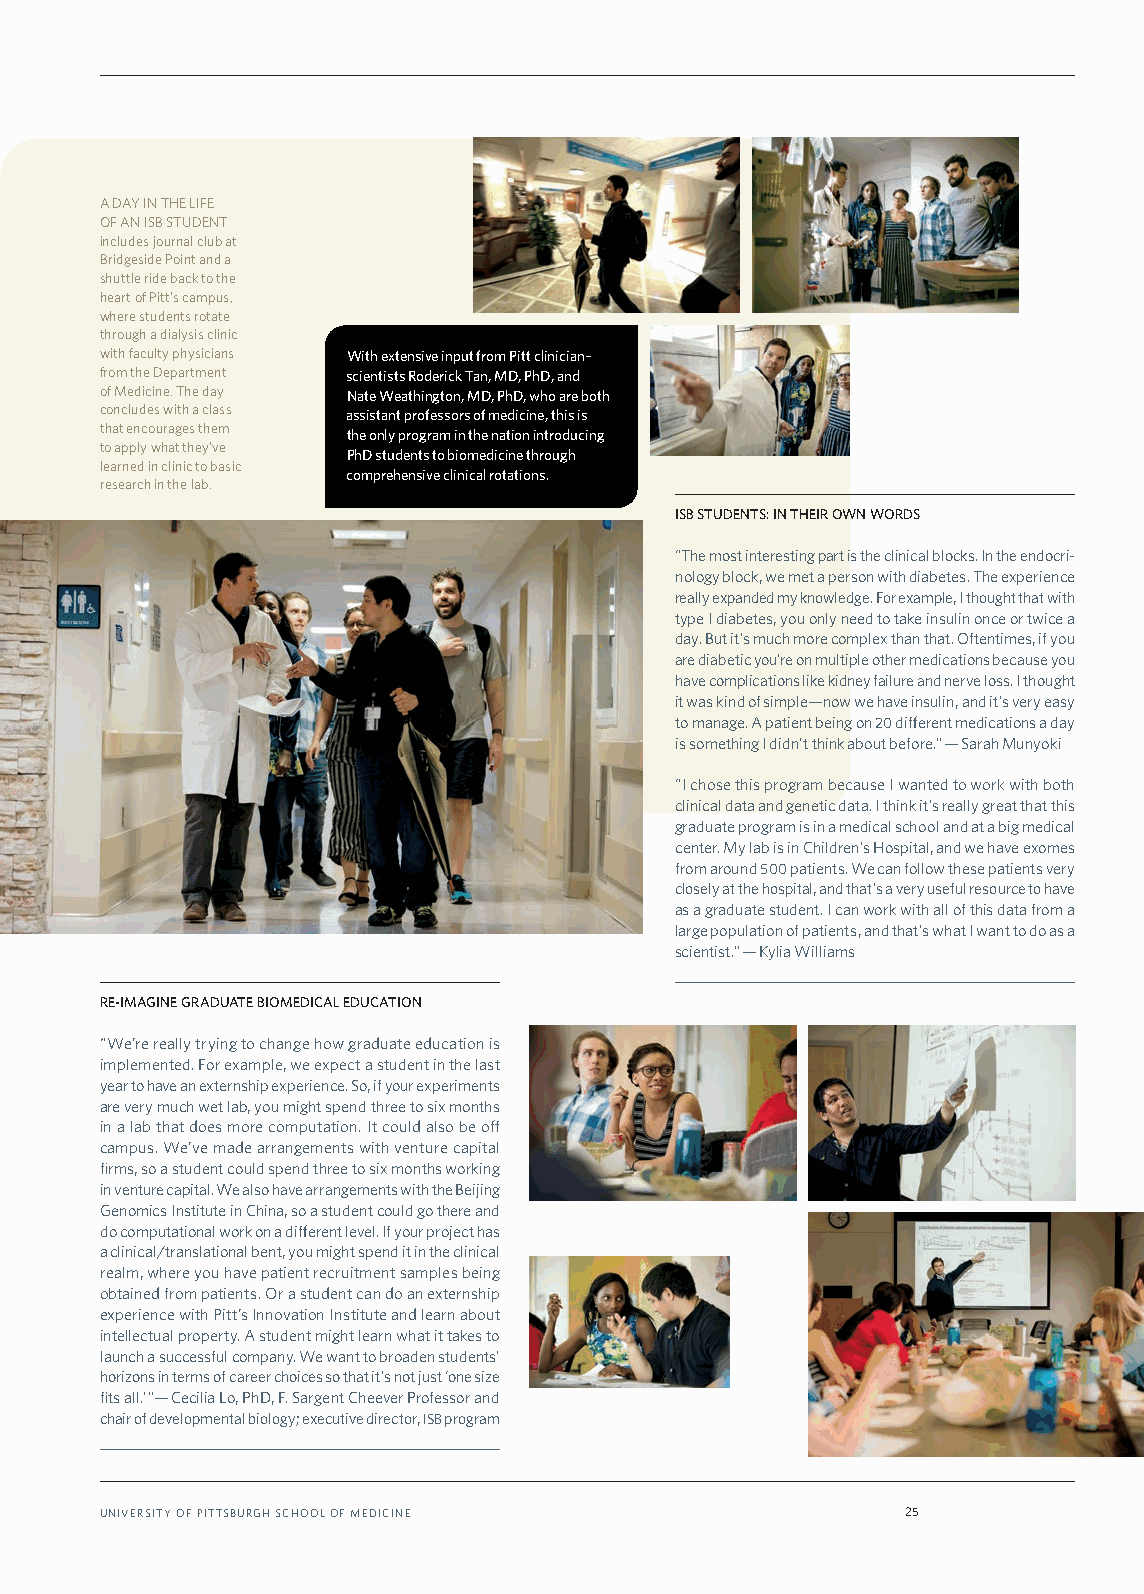
A DAY IN THE LIFE
 OF AN ISB STUDENT
 includes journal club at
 Bridgeside Point and a
 shuttle ride back to the
 heart of Pitt’s campus,
 where students rotate
 through a dialysis clinic
 with faculty physicians With extensive input from Pitt clinician–
 from the Department scientists Roderick Tan, MD, PhD, and
 of Medicine. The day Nate Weathington, MD, PhD, who are both
 concludes with a class assistant professors of medicine, this is
 that encourages them
 the only program in the nation introducing
 to apply what they’ve
 PhD students to biomedicine through
 learned in clinic to basic
 comprehensive clinical rotations.
 research in the lab.
 ISB STUDENTS: IN THEIR OWN WORDS
 “The most interesting part is the clinical blocks. In the endocri-
 nology block, we met a person with diabetes. The experience
 really expanded my knowledge. For example, I thought that with
 type I diabetes, you only need to take insulin once or twice a
 day. But it’s much more complex than that. Oftentimes, if you
 are diabetic you’re on multiple other medications because you
 have complications like kidney failure and nerve loss. I thought
 it was kind of simple—now we have insulin, and it’s very easy
 to manage. A patient being on 20 different medications a day
 is something I didn’t think about before.” — Sarah Munyoki
 “I chose this program because I wanted to work with both
 clinical data and genetic data. I think it’s really great that this
 graduate program is in a medical school and at a big medical
 center. My lab is in Children’s Hospital, and we have exomes
 from around 500 patients. We can follow these patients very
 closely at the hospital, and that’s a very useful resource to have
 as a graduate student. I can work with all of this data from a
 large population of patients, and that’s what I want to do as a
 scientist.” — Kylia Williams
 RE-IMAGINE GRADUATE BIOMEDICAL EDUCATION
 “We’re really trying to change how graduate education is
 implemented. For example, we expect a student in the last
 year to have an externship experience. So, if your experiments
 are very much wet lab, you might spend three to six months
 in a lab that does more computation. It could also be off
 campus. We’ve made arrangements with venture capital
 firms, so a student could spend three to six months working
 in venture capital. We also have arrangements with the Beijing
 Genomics Institute in China, so a student could go there and
 do computational work on a different level. If your project has
 a clinical/translational bent, you might spend it in the clinical
 realm, where you have patient recruitment samples being
 obtained from patients. Or a student can do an externship
 experience with Pitt’s Innovation Institute and learn about
 intellectual property. A student might learn what it takes to
 launch a successful company. We want to broaden students’
 horizons in terms of career choices so that it’s not just ‘one size
 fits all.’ ”— Cecilia Lo, PhD, F. Sargent Cheever Professor and
 chair of developmental biology; executive director, ISB program
 UNIVERSITY OF PITTSBURGH SCHOOL OF MEDICINE          25